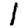
Digit: 1